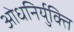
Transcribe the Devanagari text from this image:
ओधनिर्युक्ति